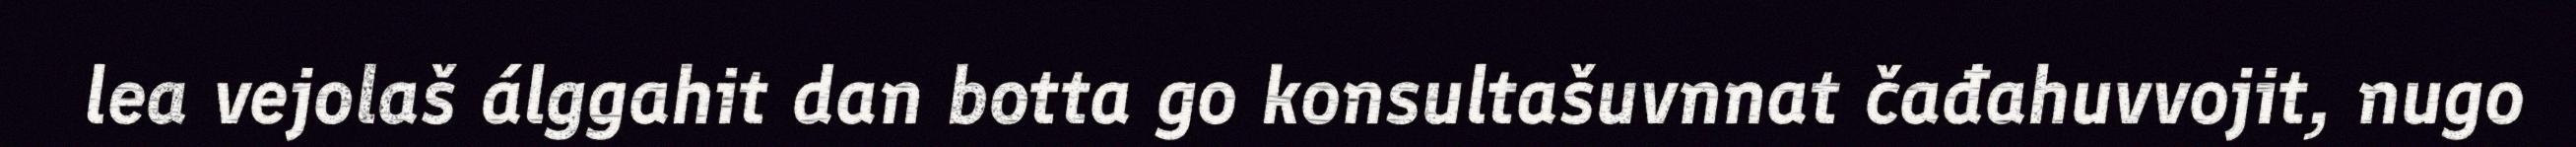
lea vejolaš álggahit dan botta go konsultašuvnnat čađahuvvojit, nugo